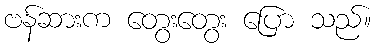
ဗန်ဆားက တွေးတွေး ပြော သည်။